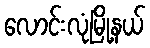
လောင်းလုံမြို့နယ်